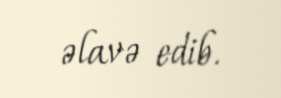
əlavə edib.